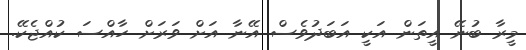
މީރާ ބުނޭ އީތަން އަކީ އަބަދުވެސް އޭނާ އަށް ވަރަށް ހާއްސަ ކުއްޖެކޭ.